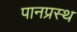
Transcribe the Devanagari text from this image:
पानप्रस्थ